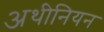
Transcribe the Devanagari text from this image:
अथीनियन